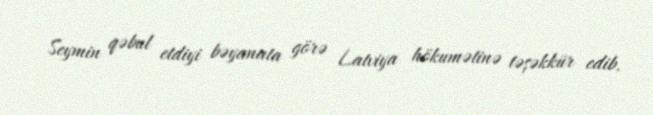
Seymin qəbul etdiyi bəyanata görə Latviya hökumətinə təşəkkür edib.